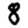
Digit: 8